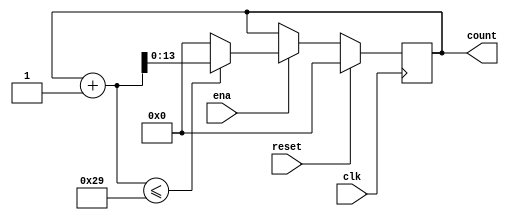
`define SIMULATION_MEMORY

module counter_41_1 (
	input clk,
	input reset,
	input ena,
	output reg [13:0] count
);

always @ (posedge clk) begin 
	if (reset) begin
		count <= 0;
	end else if (ena) begin
		if((count + 1) <= 41) begin
			count <= count + 1;
		end else begin
			count <= 14'd0;
		end
	end
end

endmodule